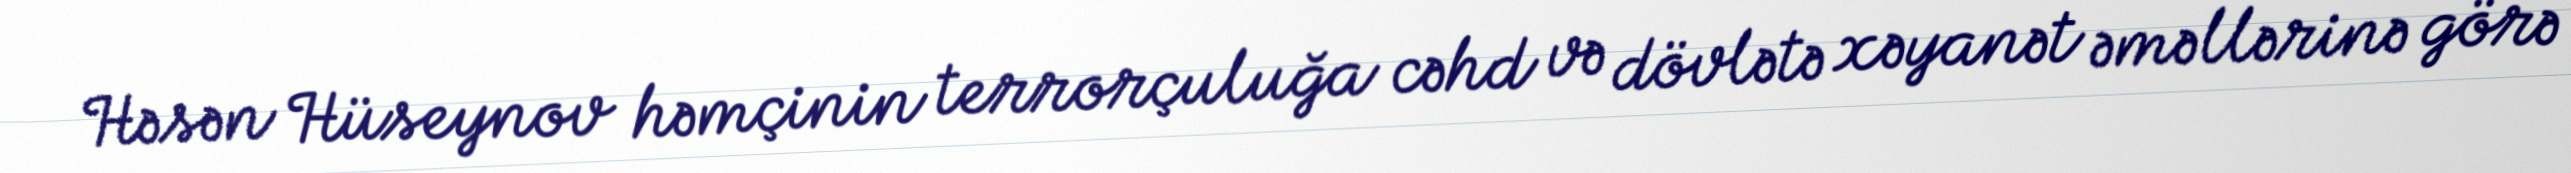
Həsən Hüseynov həmçinin terrorçuluğa cəhd və dövlətə xəyanət əməllərinə görə